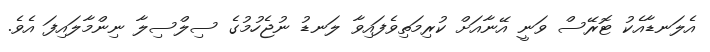
އެލަނޑާއެކު ޓޮރޭސް ވަނީ އޭނާއަށް ކުރިމަތިވެފައިވާ ލަނޑު ނުޖެހުމުގެ ސިލްސިލާ ނިންމާލައިފަ އެވެ.